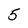
Character: 5